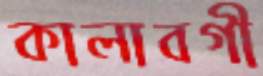
কালাবগী